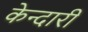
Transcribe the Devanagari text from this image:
केन्दारी